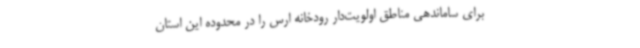
برای ساماندهی مناطق اولویت‌دار رودخانه ارس را در محدوده این استان